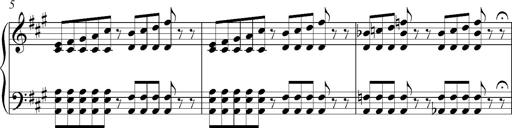
Title: PensÃ©es (Nocturne)
Composer: Franz Liszt
Key: A major